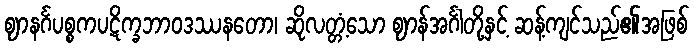
ဈာနင်္ဂပစ္စကပဋိက္ခဘာဝဒဿနတော၊ ဆိုလတ္တံ့သော ဈာန်အင်္ဂါတို့နှင့် ဆန့်ကျင်သည်၏အဖြစ်